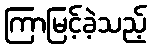
ကြာမြင့်ခဲ့သည့်